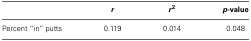
<table><thead><tr><td></td><td><b><i>r</i></b></td><td><b><i>r</i><sup>2</sup></b></td><td><b><i>p</i>-value</b></td></tr></thead><tbody><tr><td>Percent “in” putts</td><td>0.119</td><td>0.014</td><td>0.048</td></tr></tbody></table>